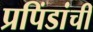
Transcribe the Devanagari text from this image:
प्रपिंडांची